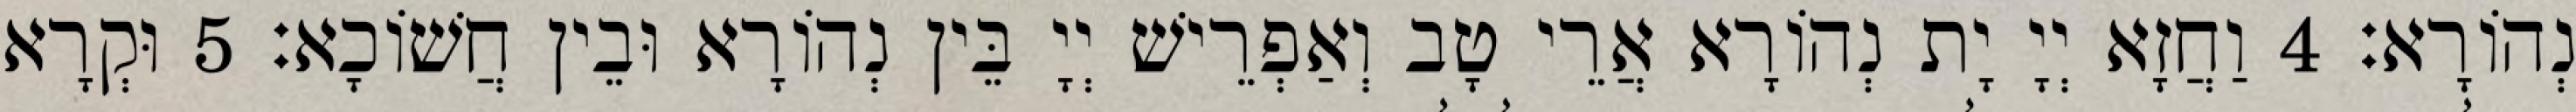
נְהוֹרָא׃ 4 וַחֲזָא יְיָ יָת נְהוֹרָא אֲרֵי טָב וְאַפְרֵישׁ יְיָ בֵּין נְהוֹרָא וּבֵין חֲשׁוֹכָא׃ 5 וּקְרָא